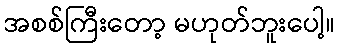
အစစ်ကြီးတော့ မဟုတ်ဘူးပေါ့။